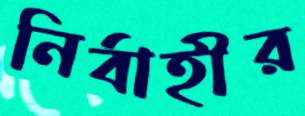
নির্বাহীর